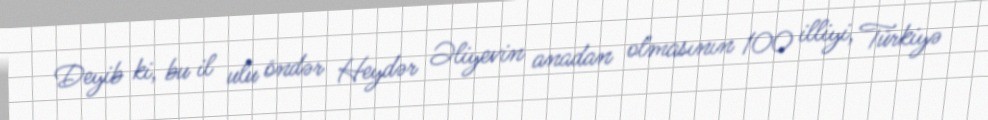
Deyib ki, bu il ulu öndər Heydər Əliyevin anadan olmasının 100 illiyi, Türkiyə